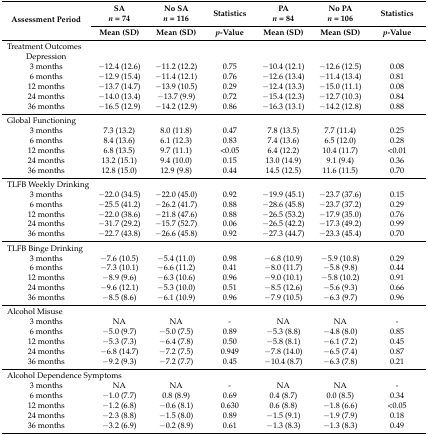
<table><thead><tr><td rowspan="2"><b>Assessment Period</b></td><td><b>SA<i>n</i> = 74</b></td><td><b>No SA<i>n</i> = 116</b></td><td><b>Statistics</b></td><td><b>PA<i>n</i> = 84</b></td><td><b>No PA<i>n</i> = 106</b></td><td><b>Statistics</b></td></tr><tr><td><b>Mean (SD)</b></td><td><b>Mean (SD)</b></td><td><b><i>p</i>-Value</b></td><td><b>Mean (SD)</b></td><td><b>Mean (SD)</b></td><td><b><i>p</i>-Value</b></td></tr></thead><tbody><tr><td colspan="2">Treatment Outcomes</td><td></td><td></td><td></td><td></td><td></td></tr><tr><td>Depression</td><td></td><td></td><td></td><td></td><td></td><td></td></tr><tr><td>3 months</td><td>−12.4 (12.6)</td><td>−11.2 (12.2)</td><td>0.75</td><td>−10.4 (12.1)</td><td>−12.6 (12.5)</td><td>0.08</td></tr><tr><td>6 months</td><td>−12.9 (15.4)</td><td>−11.4 (12.1)</td><td>0.76</td><td>−12.6 (13.4)</td><td>−11.4 (13.4)</td><td>0.81</td></tr><tr><td>12 months</td><td>−13.7 (14.7)</td><td>−13.9 (10.5)</td><td>0.29</td><td>−12.4 (13.3)</td><td>−15.0 (11.1)</td><td>0.08</td></tr><tr><td>24 months</td><td>−14.0 (13.4)</td><td>−13.7 (9.9)</td><td>0.72</td><td>−15.4 (12.3)</td><td>−12.7 (10.3)</td><td>0.84</td></tr><tr><td>36 months</td><td>−16.5 (12.9)</td><td>−14.2 (12.9)</td><td>0.86</td><td>−16.3 (13.1)</td><td>−14.2 (12.8)</td><td>0.88</td></tr><tr><td colspan="2">Global Functioning</td><td></td><td></td><td></td><td></td><td></td></tr><tr><td>3 months</td><td>7.3 (13.2)</td><td>8.0 (11.8)</td><td>0.47</td><td>7.8 (13.5)</td><td>7.7 (11.4)</td><td>0.25</td></tr><tr><td>6 months</td><td>8.4 (13.6)</td><td>6.1 (12.3)</td><td>0.83</td><td>7.4 (13.6)</td><td>6.5 (12.0)</td><td>0.28</td></tr><tr><td>12 months</td><td>6.8 (13.5)</td><td>9.7 (11.1)</td><td>&lt;0.05</td><td>6.4 (12.2)</td><td>10.4 (11.7)</td><td>&lt;0.01</td></tr><tr><td>24 months</td><td>13.2 (15.1)</td><td>9.4 (10.0)</td><td>0.15</td><td>13.0 (14.9)</td><td>9.1 (9.4)</td><td>0.36</td></tr><tr><td>36 months</td><td>12.8 (15.0)</td><td>12.9 (9.8)</td><td>0.44</td><td>14.5 (12.5)</td><td>11.6 (11.5)</td><td>0.70</td></tr><tr><td colspan="3">TLFB Weekly Drinking</td><td></td><td></td><td></td><td></td></tr><tr><td>3 months</td><td>−22.0 (34.5)</td><td>−22.0 (45.0)</td><td>0.92</td><td>−19.9 (45.1)</td><td>−23.7 (37.6)</td><td>0.15</td></tr><tr><td>6 months</td><td>−25.5 (41.2)</td><td>−26.2 (41.7)</td><td>0.88</td><td>−28.6 (45.8)</td><td>−23.7 (37.2)</td><td>0.29</td></tr><tr><td>12 months</td><td>−22.0 (38.6)</td><td>−21.8 (47.6)</td><td>0.88</td><td>−26.5 (53.2)</td><td>−17.9 (35.0)</td><td>0.76</td></tr><tr><td>24 months</td><td>−31.7 (29.2)</td><td>−15.7 (52.7)</td><td>0.06</td><td>−26.5 (42.2)</td><td>−17.3 (49.2)</td><td>0.99</td></tr><tr><td>36 months</td><td>−22.7 (43.8)</td><td>−26.6 (45.8)</td><td>0.92</td><td>−27.3 (44.7)</td><td>−23.3 (45.4)</td><td>0.70</td></tr><tr><td colspan="2">TLFB Binge Drinking</td><td></td><td></td><td></td><td></td><td></td></tr><tr><td>3 months</td><td>−7.6 (10.5)</td><td>−5.4 (11.0)</td><td>0.98</td><td>−6.8 (10.9)</td><td>−5.9 (10.8)</td><td>0.29</td></tr><tr><td>6 months</td><td>−7.3 (10.1)</td><td>−6.6 (11.2)</td><td>0.41</td><td>−8.0 (11.7)</td><td>−5.8 (9.8)</td><td>0.44</td></tr><tr><td>12 months</td><td>−8.9 (9.6)</td><td>−6.3 (10.6)</td><td>0.96</td><td>−9.0 (10.1)</td><td>−5.8 (10.2)</td><td>0.91</td></tr><tr><td>24 months</td><td>−9.6 (12.1)</td><td>−5.3 (10.0)</td><td>0.51</td><td>−8.5 (12.6)</td><td>−5.6 (9.3)</td><td>0.66</td></tr><tr><td>36 months</td><td>−8.5 (8.6)</td><td>−6.1 (10.9)</td><td>0.96</td><td>−7.9 (10.5)</td><td>−6.3 (9.7)</td><td>0.96</td></tr><tr><td colspan="2">Alcohol Misuse</td><td></td><td></td><td></td><td></td><td></td></tr><tr><td>3 months</td><td>NA</td><td>NA</td><td>-</td><td>NA</td><td>NA</td><td>-</td></tr><tr><td>6 months</td><td>−5.0 (9.7)</td><td>−5.0 (7.5)</td><td>0.89</td><td>−5.3 (8.8)</td><td>−4.8 (8.0)</td><td>0.85</td></tr><tr><td>12 months</td><td>−5.3 (7.3)</td><td>−6.4 (7.8)</td><td>0.50</td><td>−5.8 (8.1)</td><td>−6.1 (7.2)</td><td>0.45</td></tr><tr><td>24 months</td><td>−6.8 (14.7)</td><td>−7.2 (7.5)</td><td>0.949</td><td>−7.8 (14.0)</td><td>−6.5 (7.4)</td><td>0.87</td></tr><tr><td>36 months</td><td>−9.2 (9.3)</td><td>−7.2 (7.7)</td><td>0.45</td><td>−10.4 (8.7)</td><td>−6.3 (7.8)</td><td>0.21</td></tr><tr><td colspan="3">Alcohol Dependence Symptoms</td><td></td><td></td><td></td><td></td></tr><tr><td>3 months</td><td>NA</td><td>NA</td><td>-</td><td>NA</td><td>NA</td><td>-</td></tr><tr><td>6 months</td><td>−1.0 (7.7)</td><td>0.8 (8.9)</td><td>0.69</td><td>0.4 (8.7)</td><td>0.0 (8.5)</td><td>0.34</td></tr><tr><td>12 months</td><td>−1.2 (6.8)</td><td>−0.6 (8.1)</td><td>0.630</td><td>0.6 (8.8)</td><td>−1.8 (6.6)</td><td>&lt;0.05</td></tr><tr><td>24 months</td><td>−2.3 (8.8)</td><td>−1.5 (8.0)</td><td>0.89</td><td>−1.5 (9.1)</td><td>−1.9 (7.9)</td><td>0.18</td></tr><tr><td>36 months</td><td>−3.2 (6.9)</td><td>−0.2 (8.9)</td><td>0.61</td><td>−1.3 (8.3)</td><td>−1.3 (8.3)</td><td>0.49</td></tr></tbody></table>